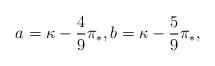
LaTeX: \begin{align*} a= \kappa-\frac{4}{9}\pi_{*}, b= \kappa-\frac{5}{9}\pi_{*}, \end{align*}